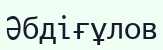
Әбдіғұлов